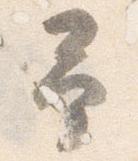
予